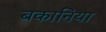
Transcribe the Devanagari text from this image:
बकानिया